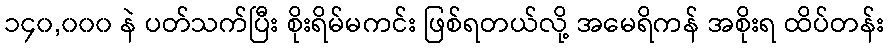
၁၄၀,၀၀၀ နဲ ပတ်သက်ပြီး စိုးရိမ်မကင်း ဖြစ်ရတယ်လို့ အမေရိကန် အစိုးရ ထိပ်တန်း